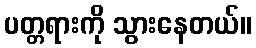
ပတ္တရားကို သွားနေတယ်။